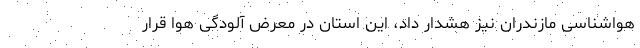
هواشناسی مازندران نیز هشدار داد، این استان در معرض آلودگی هوا قرار